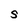
Character: S